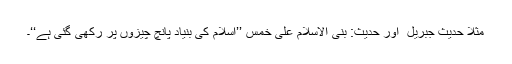
مثلاً حدیث جبریل ؑ اور حدیث: بنی الاسلام علی خمس ’’اسلام کی بنیاد پانچ چیزوں پر رکھی گئی ہے‘‘۔